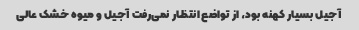
آجیل بسیار کهنه بود، از تواضع انتظار نمی‌رفت آجیل و میوه خشک عالی